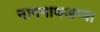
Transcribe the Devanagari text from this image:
नागनाथअप्पा